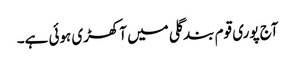
آج پوری قوم بندگلی میں آکھڑی ہوئی ہے۔